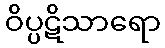
ဝိပ္ပဋိသာရော